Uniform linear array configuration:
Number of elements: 16
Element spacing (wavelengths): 0.25
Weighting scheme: exponential
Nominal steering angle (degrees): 30
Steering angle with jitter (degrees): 30.044
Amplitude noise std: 0.05
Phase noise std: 0.05

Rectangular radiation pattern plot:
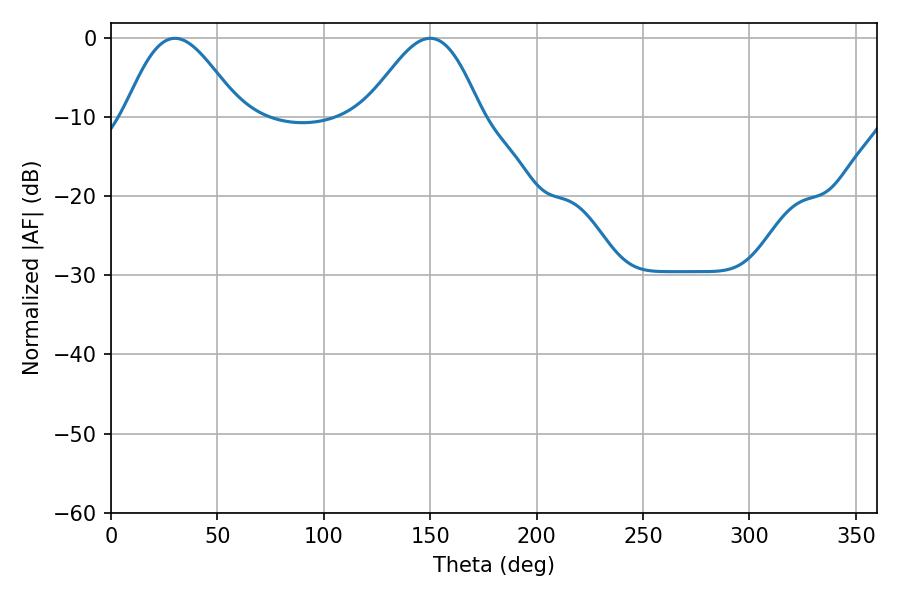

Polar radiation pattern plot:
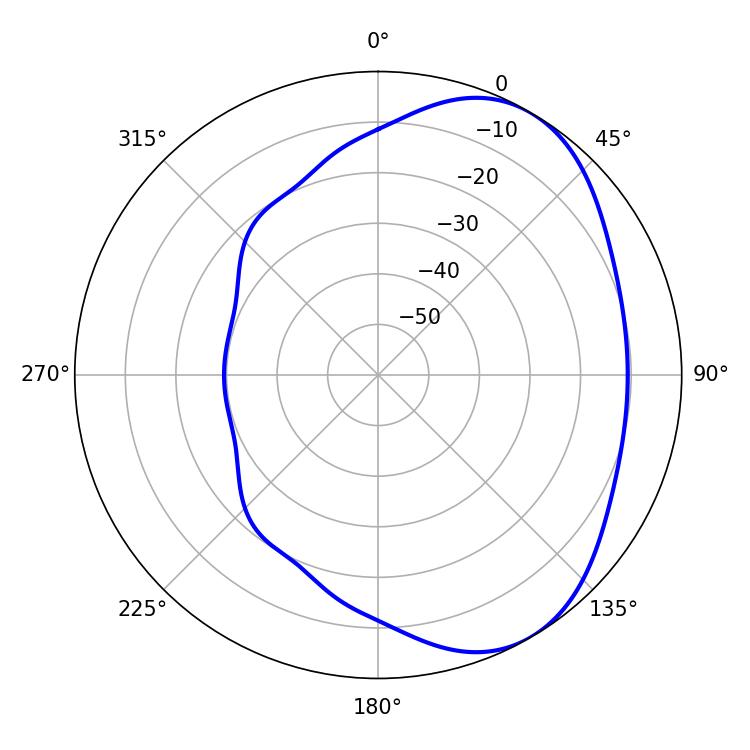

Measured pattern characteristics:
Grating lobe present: FALSE
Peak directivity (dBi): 4.812
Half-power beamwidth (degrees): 28.98
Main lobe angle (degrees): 30.06